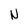
Character: N